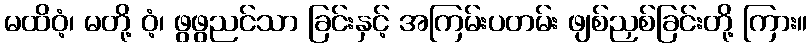
မထိဝံ့၊ မတို့ ဝံ့၊ ဖွဖွညင်သာ ခြင်းနှင့် အကြမ်းပတမ်း ဖျစ်ညှစ်ခြင်းတို့ ကြား။